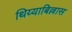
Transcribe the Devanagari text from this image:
थिय्याबिल्लास